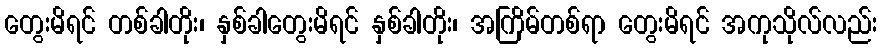
တွေးမိရင် တစ်ခါတိုး၊ နှစ်ခါတွေးမိရင် နှစ်ခါတိုး၊ အကြိမ်တစ်ရာ တွေးမိရင် အကုသိုလ်လည်း